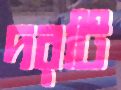
দরটি